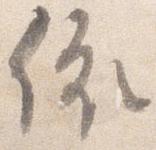
依